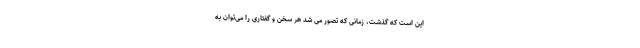
این است که گذشت، زمانی که تصور می شد هر سخن و گفتاری را می‌توان به